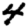
Digit: 4